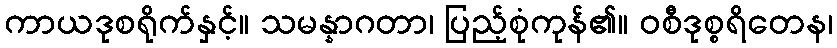
ကာယဒုစရိုက်နှင့်။ သမန္နာဂတာ၊ ပြည့်စုံကုန်၏။ ဝစီဒုစ္စရိတေန၊